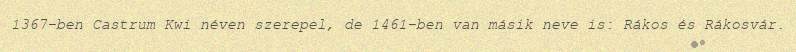
1367-ben Castrum Kwi néven szerepel, de 1461-ben van másik neve is: Rákos és Rákosvár.